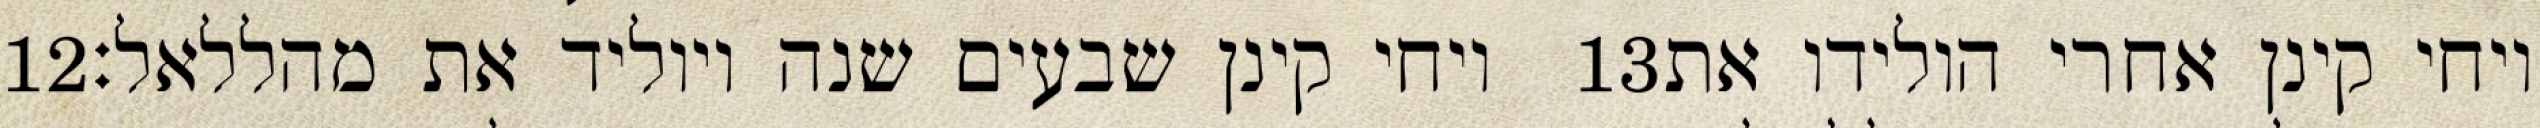
‎12‏ ויחי קינן שבעים שנה ויוליד את מהללאל׃ ‎13‏ ויחי קינן אחרי הולידו את